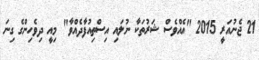
21 ޖެނުއަރީ 2015 "އެއްވެސް ޝަރުތަކާ ނުލައި އިސްތިއުފާދެއްވާ" މިއީ ދިވެހިންގެ ގިނަ